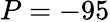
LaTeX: P=-95